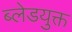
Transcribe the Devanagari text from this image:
ब्लेडयुक्त